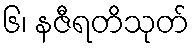
၆၊ နဇီရတိသုတ်